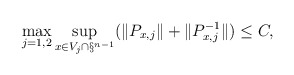
\begin{align*} \max_{j=1,2} \sup_{x \in V_j \cap \S^{n-1}}(\|P_{x,j}\| + \|P_{x,j}^{-1}\|) \le C,\end{align*}